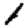
Digit: 1